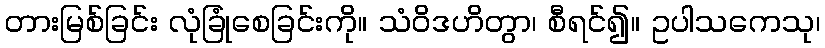
တားမြစ်ခြင်း လုံခြုံစေခြင်းကို။ သံဝိဒဟိတွာ၊ စီရင်၍။ ဥပါသကေသု၊